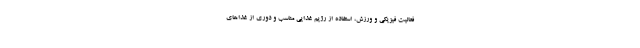
فعالیت فیزیکی و ورزش، استفاده از رژیم غذایی مناسب و دوری از غذا‌های